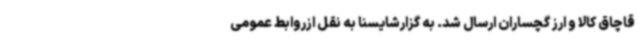
قاچاق کالا و ارز گچساران ارسال شد. به گزارشایسنا به نقل ازروابط عمومی